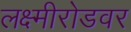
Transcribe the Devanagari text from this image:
लक्ष्मीरोडवर